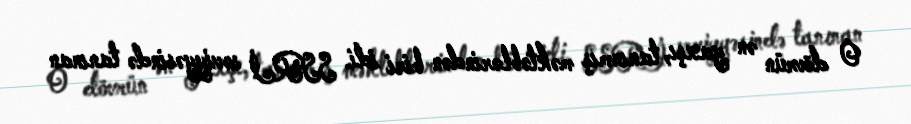
O dövrün ən yaxşı, tanınmış məktəblərindən biri idi. SSRİ səviyyəsində tanınan